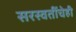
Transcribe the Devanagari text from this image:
सरस्वतींचेही